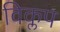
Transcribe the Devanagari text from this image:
विक्लप